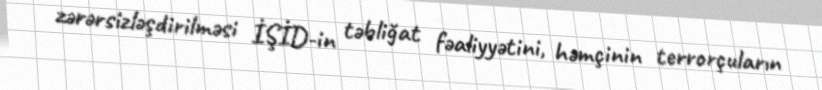
zərərsizləşdirilməsi İŞİD-in təbliğat fəaliyyətini, həmçinin terrorçuların